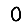
Digit: 0